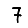
Digit: 7